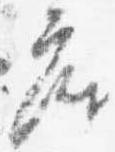
座